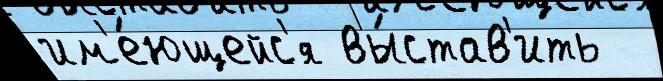
им'е́ющейс'я вы́став'ить